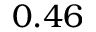
0 . 4 6